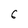
Character: 6